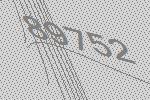
89752